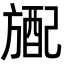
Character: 𬀎